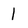
Character: 1